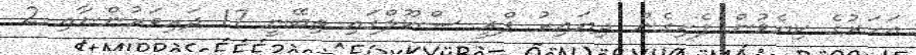
އަހަރުގެ ކިޔެވުން ފެށިގެން ދިޔައިރު ޕްރީ ސްކޫލްގައި ތިބޭނީ 17 ދަރިވަރުންނާއި 2